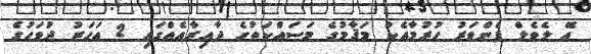
އޭ ލެވެލް ފެންވަރު ހުރުމާއެކު މަޤާމުގެ މަސައްކަތުގެ ދާއިރާއެއްގައި 2 އަހަރު ދުވަހުގެ